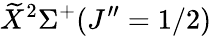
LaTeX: \widetilde{X}^{2}\Sigma^{+}(J^{\prime\prime}=1/2)